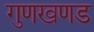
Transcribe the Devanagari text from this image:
गुणखणड